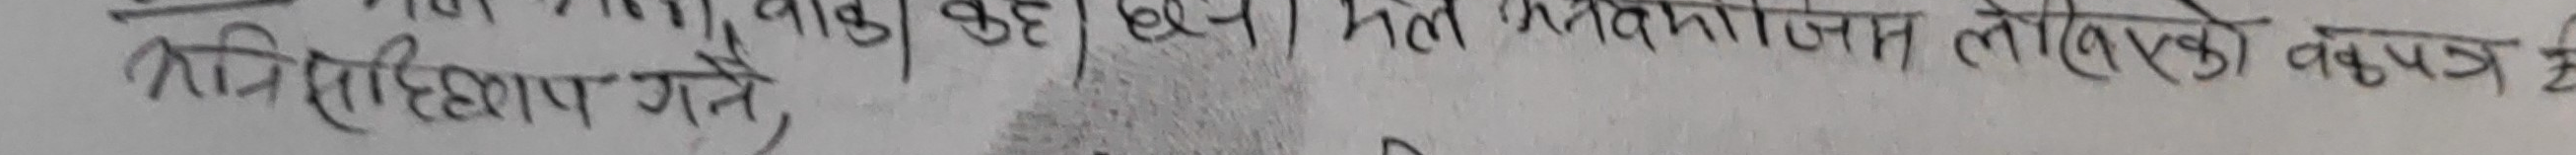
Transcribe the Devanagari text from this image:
भरि हिसाब गर्ने,